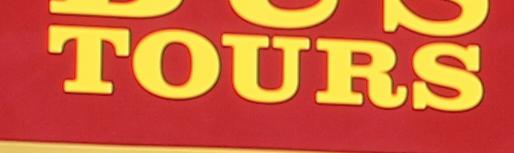
tours